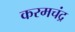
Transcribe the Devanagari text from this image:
करमचंद्र